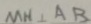
M H \bot A B